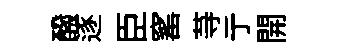
醱逐臣窰䒭亍開